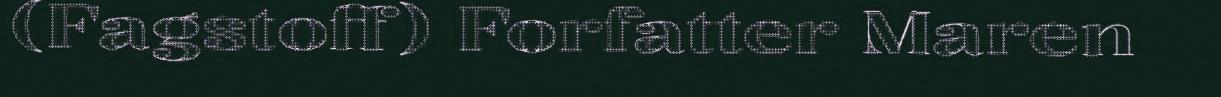
(Fagstoff) Forfatter Maren